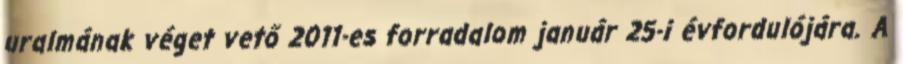
uralmának véget vető 2011-es forradalom január 25-i évfordulójára. A